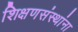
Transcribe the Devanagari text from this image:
शिक्षणसंस्थांना